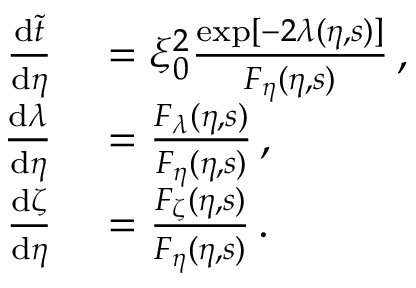
\begin{array} { r l } { \frac { \mathrm { d } \tilde { t } } { \mathrm { d } \eta } } & { { } = \xi _ { 0 } ^ { 2 } \frac { \exp [ - 2 \lambda ( \eta , s ) ] } { F _ { \eta } ( \eta , s ) } \, , } \\ { \frac { \mathrm { d } \lambda } { \mathrm { d } \eta } } & { { } = \frac { F _ { \lambda } ( \eta , s ) } { F _ { \eta } ( \eta , s ) } \, , } \\ { \frac { \mathrm { d } \zeta } { \mathrm { d } \eta } } & { { } = \frac { F _ { \zeta } ( \eta , s ) } { F _ { \eta } ( \eta , s ) } \, . } \end{array}